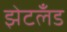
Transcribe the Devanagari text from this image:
झेटलँड